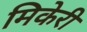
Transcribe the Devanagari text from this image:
मिकेरी